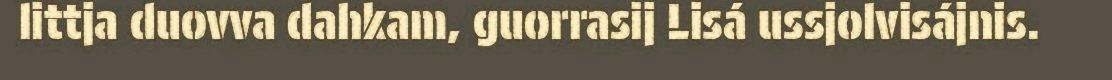
littja duovva dahkam, guorrasij Lisá ussjolvisájnis.